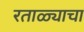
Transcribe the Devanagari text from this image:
रताळ्याचा